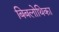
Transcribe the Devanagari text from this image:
बिबलोथिका